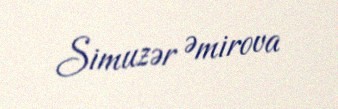
Simuzər Əmirova